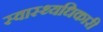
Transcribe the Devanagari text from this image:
स्वास्थ्यधिकारी